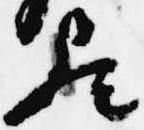
歟